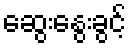
ဆွေးနွေးခွင့်